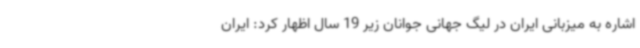
اشاره به میزبانی ایران در لیگ جهانی جوانان زیر 19 سال اظهار کرد: ایران